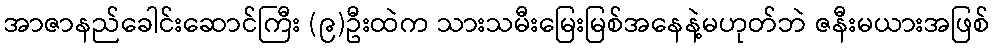
အာဇာနည်ခေါင်းဆောင်ကြီး (၉)ဦးထဲက သားသမီးမြေးမြစ်အနေနဲ့မဟုတ်ဘဲ ဇနီးမယားအဖြစ်